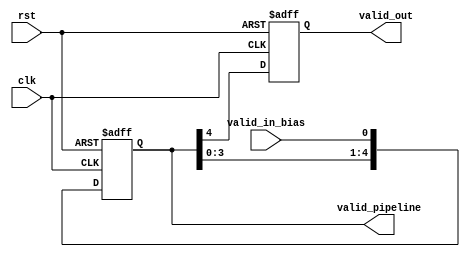
module control_pipeline_layer4(
    input valid_in_bias, clk, rst,
    output reg valid_out,
    output reg [4:0] valid_pipeline
);
  
    always @(posedge clk or posedge rst) 
    begin
        if(rst)begin
            valid_pipeline[0] <= 1'd0;
            valid_pipeline[1] <= 1'd0;
            valid_pipeline[2] <= 1'd0;
            valid_pipeline[3] <= 1'd0;
            valid_pipeline[4] <= 1'd0;
            valid_out <= 1'd0;
        end
        else begin
            valid_pipeline[0] <= valid_in_bias;
            valid_pipeline[1] <= valid_pipeline[0];
            valid_pipeline[2] <= valid_pipeline[1];
            valid_pipeline[3] <= valid_pipeline[2];
            valid_pipeline[4] <= valid_pipeline[3];
            valid_out <= valid_pipeline[4];
        end
    end        


endmodule